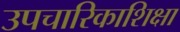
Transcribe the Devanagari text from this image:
उपचारिकाशिक्षा